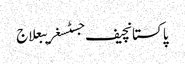
پاکستانچیف جسٹسغریبعلاج